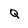
Character: Q